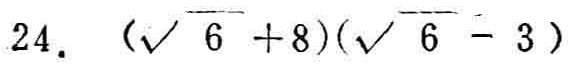
$24. (\sqrt{6}+8)(\sqrt{6}-3)$